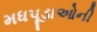
મધપૂડાઓની